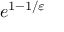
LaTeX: e ^ { 1 - 1 / \varepsilon }